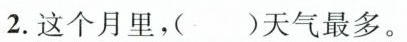
2.这个月里，( )天气最多。